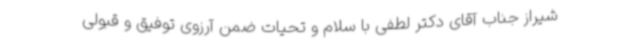
شیراز جناب آقای دکتر لطفی با سلام و تحیات ضمن آرزوی توفیق و قبولی